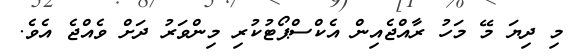
މި ދިޔަ މޭ މަހު ރާއްޖެއިން އެކްސްޕޯޓުކުރި މިންވަރު ދަށް ވެއްޖެ އެވެ.